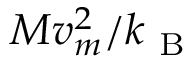
{ M v _ { m } ^ { 2 } } / { k _ { \mathrm { ~ B ~ } } }